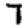
Digit: 7